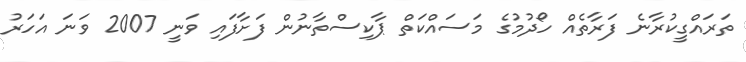
ތަރައްގީކުރާނެ ފަރާތެއް ހޯދުމުގެ މަސައްކަތް ޕާކިސްތާނުން ފަށާފައި ވަނީ 2007 ވަނަ އަހަރު